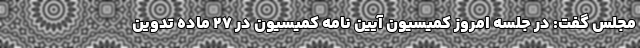
مجلس گفت: در جلسه امروز کمیسیون آیین نامه کمیسیون در ۲۷ ماده تدوین